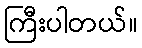
ကြီးပါတယ်။